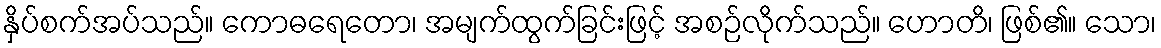
နှိပ်စက်အပ်သည်။ ကောဓရေတော၊ အမျက်ထွက်ခြင်းဖြင့် အစဉ်လိုက်သည်။ ဟောတိ၊ ဖြစ်၏။ သော၊